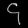
Digit: ၄